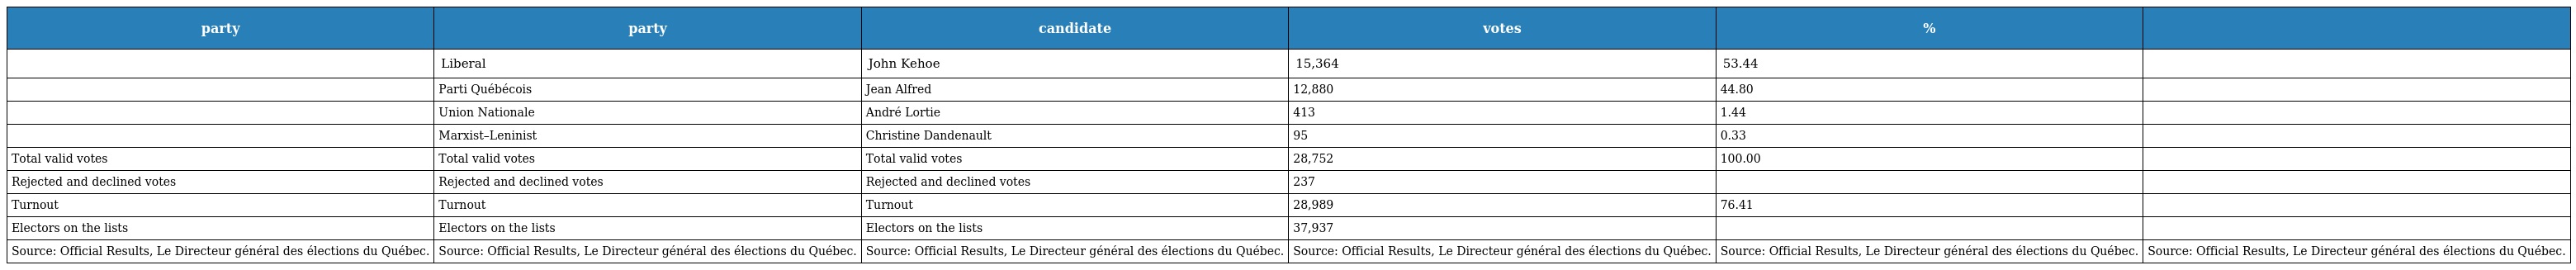
| party | party | candidate | votes | % |  |
 | --- | --- | --- | --- | --- | --- |
 |  | Liberal | John Kehoe | 15,364 | 53.44 |  |
 |  | Parti Québécois | Jean Alfred | 12,880 | 44.80 |  |
 |  | Union Nationale | André Lortie | 413 | 1.44 |  |
 |  | Marxist–Leninist | Christine Dandenault | 95 | 0.33 |  |
 | Total valid votes | Total valid votes | Total valid votes | 28,752 | 100.00 |  |
 | Rejected and declined votes | Rejected and declined votes | Rejected and declined votes | 237 |  |  |
 | Turnout | Turnout | Turnout | 28,989 | 76.41 |  |
 | Electors on the lists | Electors on the lists | Electors on the lists | 37,937 |  |  |
 | Source: Official Results, Le Directeur général des élections du Québec. | Source: Official Results, Le Directeur général des élections du Québec. | Source: Official Results, Le Directeur général des élections du Québec. | Source: Official Results, Le Directeur général des élections du Québec. | Source: Official Results, Le Directeur général des élections du Québec. | Source: Official Results, Le Directeur général des élections du Québec. |